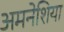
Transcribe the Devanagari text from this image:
अमनेशिया